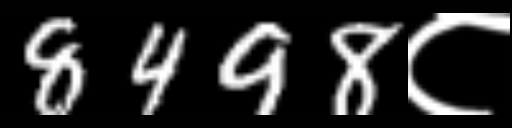
Text: 8498८